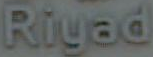
Riyad